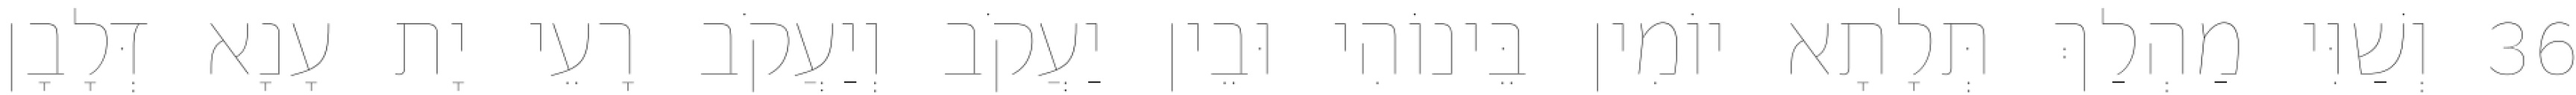
36 וְשַׁוִּי מַהְלַךְ תְּלָתָא יוֹמִין בֵּינוֹהִי וּבֵין יַעֲקֹב וְיַעֲקֹב רָעֵי יָת עָנָא דְּלָבָן